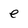
Character: e